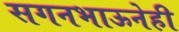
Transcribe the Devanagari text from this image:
सगनभाऊनेही